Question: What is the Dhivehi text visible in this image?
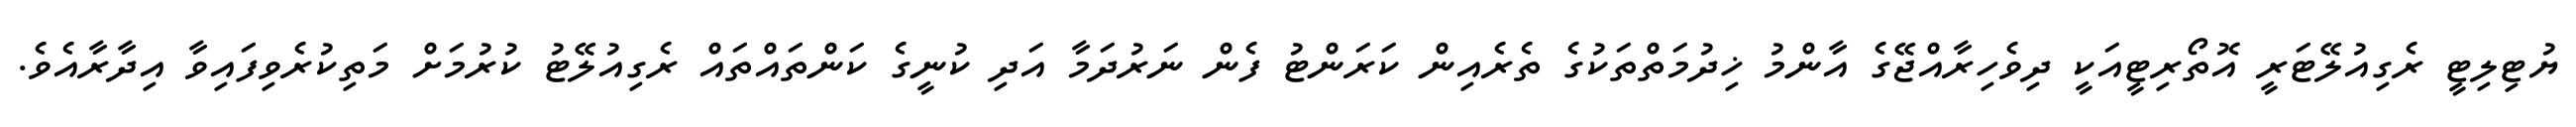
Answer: ޔުޓިލިޓީ ރެގިއުލޭޓަރީ އޮތޯރިޓީއަކީ ދިވެހިރާއްޖޭގެ އާންމު ޚިދުމަތްތަކުގެ ތެރެއިން ކަރަންޓު ފެން ނަރުދަމާ އަދި ކުނީގެ ކަންތައްތައް ރެގިއުލޭޓު ކުރުމަށް މަތިކުރެވިފައިވާ އިދާރާއެވެ.